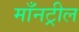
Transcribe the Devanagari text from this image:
माँनट्रील